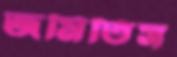
জমিতিস